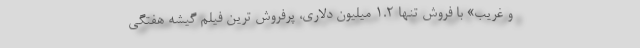
و غریب» با فروش تنها ۱.۲ میلیون دلاری، پرفروش ترین فیلم گیشه هفتگی